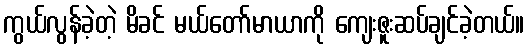
ကွယ်လွန်ခဲ့တဲ့ မိခင် မယ်တော်မာယာကို ကျေးဇူးဆပ်ချင်ခဲ့တယ်။